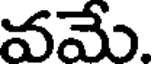
వమే.